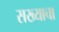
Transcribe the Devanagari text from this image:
सख्याचा